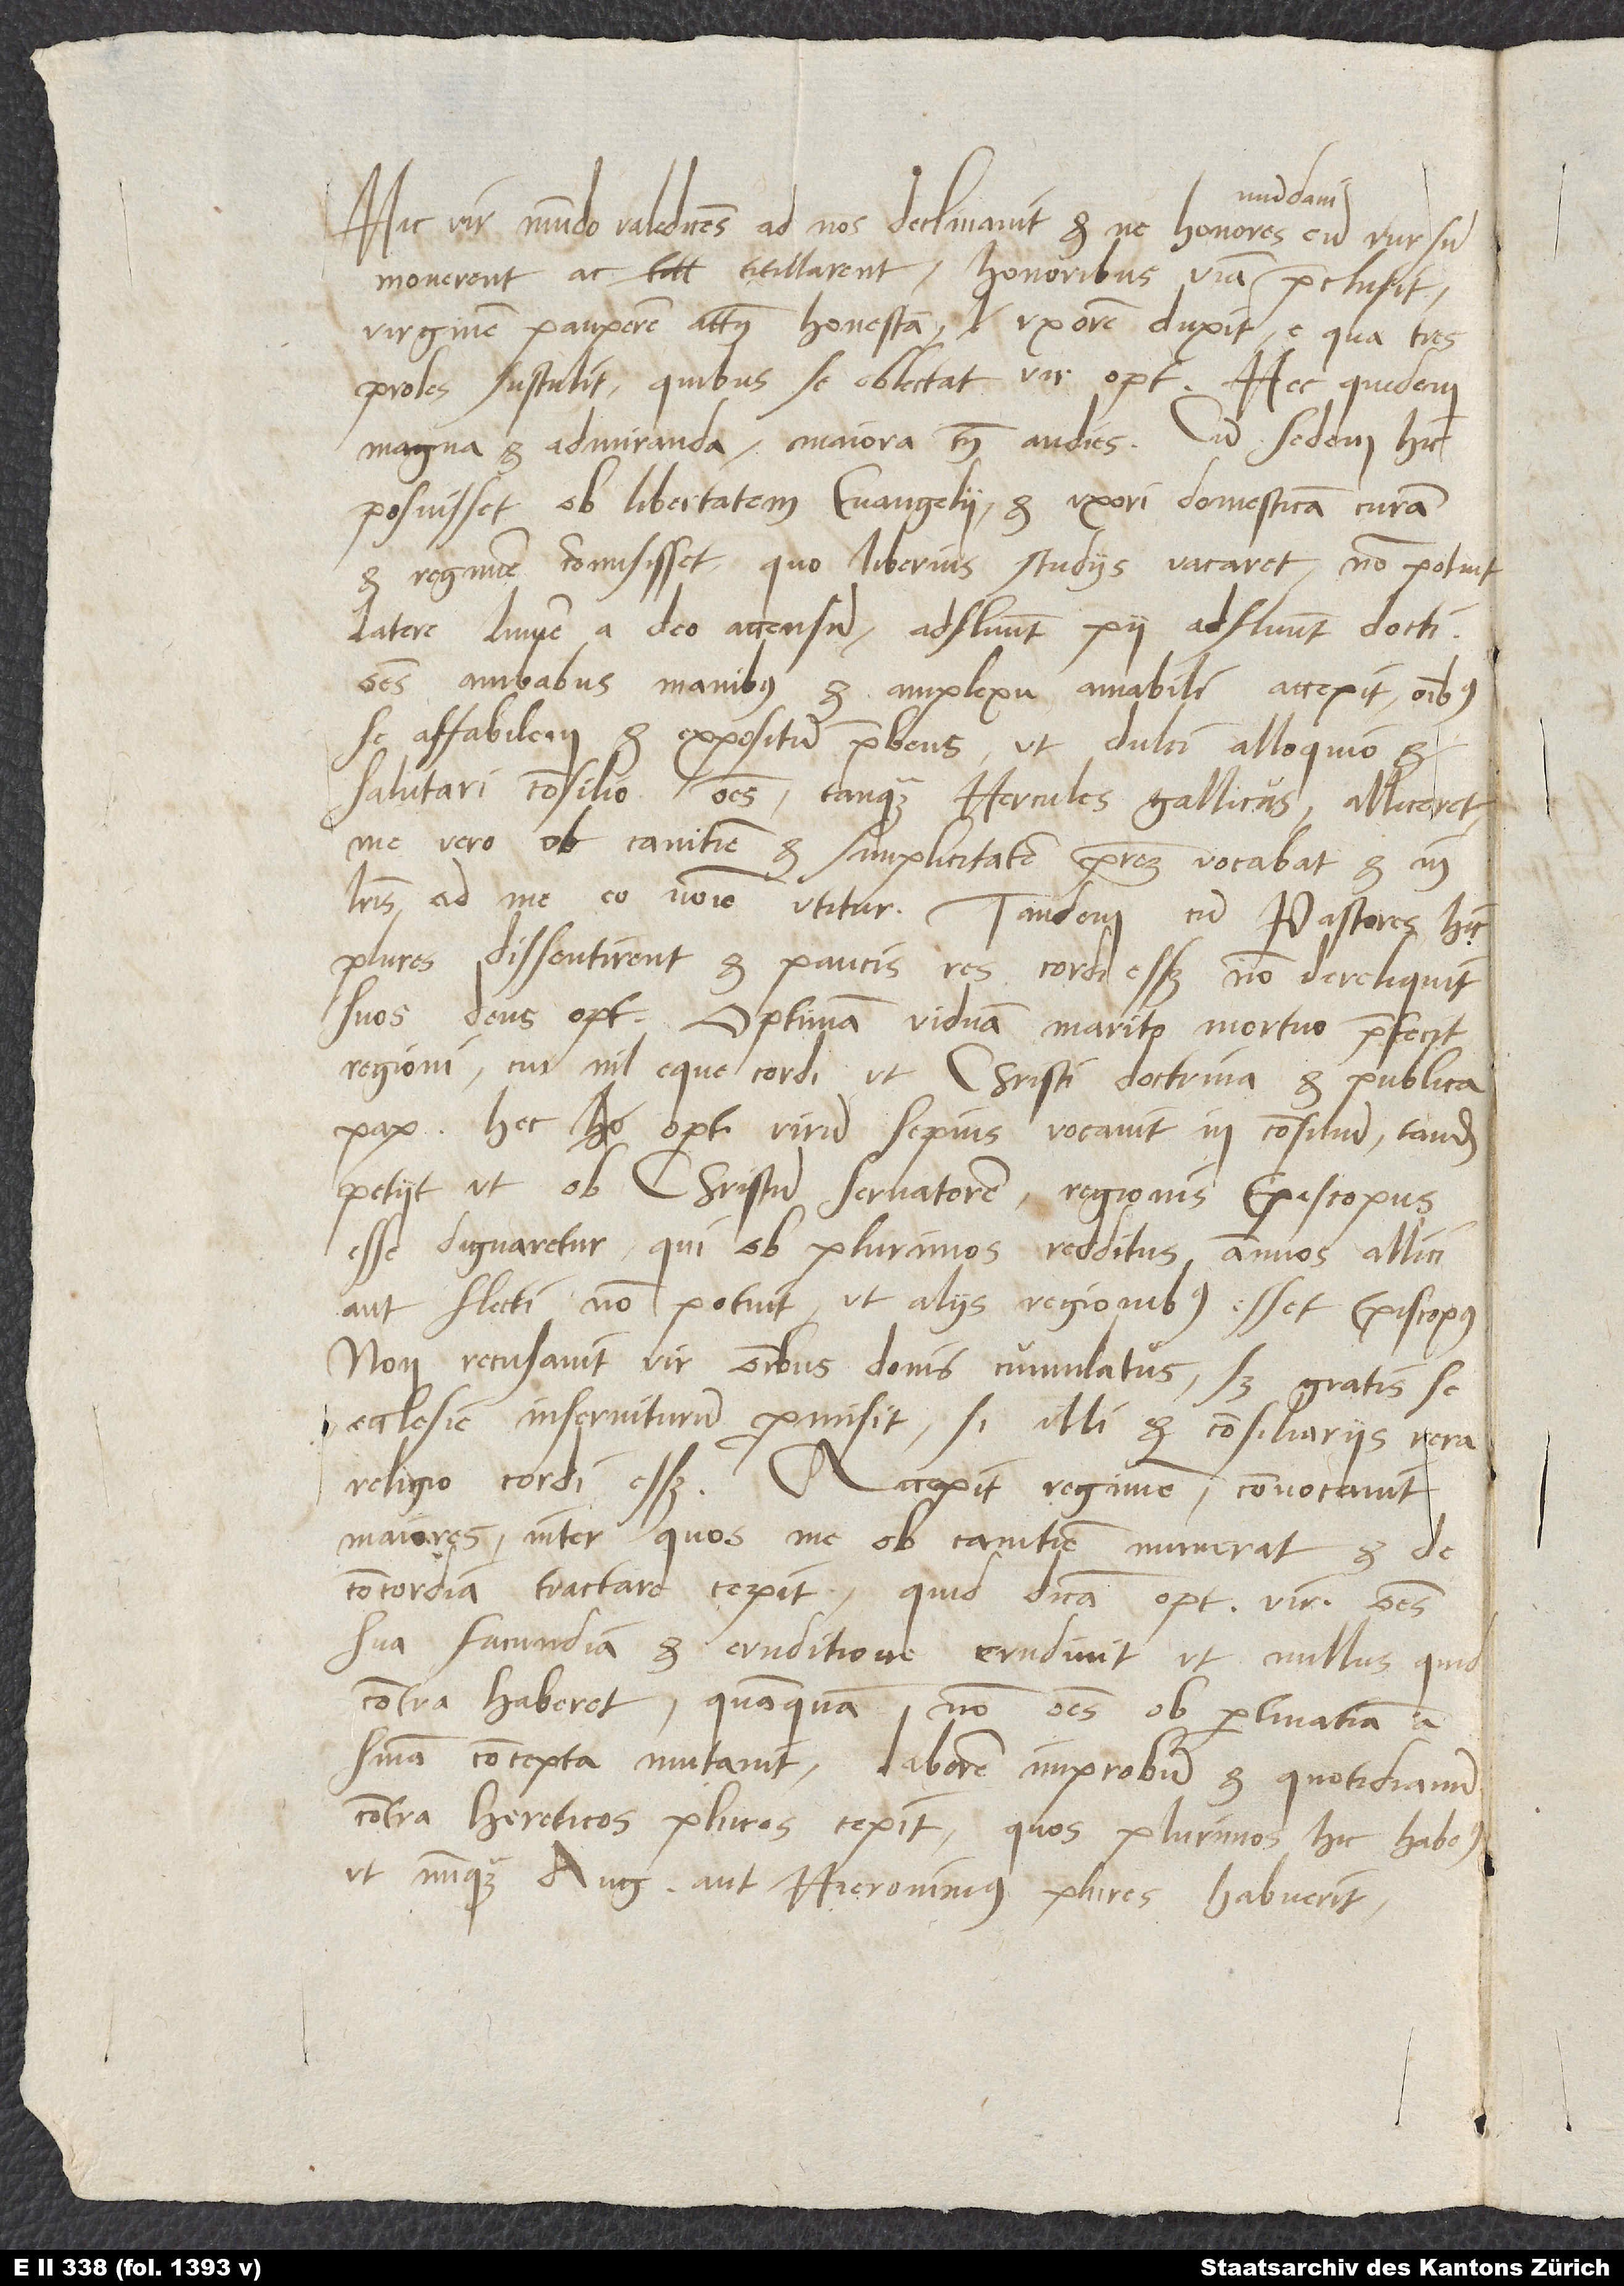
Hic vir mundo valedicens ad nos declinavit, et ne honores mundani eum
monerent ac titillarent, honoribus viam praeclusit,
virginem pauperem attamen honestam uxorem duxit, e qua tres
proles sustulit, quibus se oblectat vir optimus. Hec quidem
magna et admiranda, maiora tamen audies. Cum sedem hic
posuisset ob libertatem evangelii et uxori domesticam curam
et regimen commisisset, quo liberius studiis vacaret, non potuit
latere lumen a deo accensum. Adfluunt pii, adfluunt docti;
omnes ambabus manibus et amplexu amabili accepit, omnibus
se affabilem et expositum praebens, ut dulci alloquio et
salutari consilio omnes tanquam Hercules Gallicus alliceret;
me vero ob canitiem et simplicitatem patrem vocabat et in
literis ad me eo nomine utitur. Tandem, cum pastores hic
plures dissentirent et paucis res cordi esset, non dereliquit
suos deus optimus. Optimam viduam marito mortuo praefecit
regioni, cui nil eque cordi ut Christi doctrina et publica
pax. Hec optimum virum sepius vocavit in consilium, tandem
petiit, ut ob Christum servatorem regionis episcopus
esse dignaretur, qui ob plurimos redditus annuos allici
aut flecti non potuit, ut aliis regionibus esset episcopus.
Non recusavit vir omnibus donis cumulatus, sed gratis se
ecclesie inserviturum promisit, si illi et consiliariis vera
religio cordi esset. Accepit regimen, convocavit
maiores, inter quos me ob canitiem numerat, et de
concordia tractare cepit. Quid dicam, optimus vir omnes
sua facundia et eruditione erudivit, ut nullus quid
contra haberet, quanquam non omnes ob pertinatiam a
sententia concepta mutavit. Laborem improbum et quotidianum
contra hereticos plures cepit, quos plurimos hic habemus,
ut nunquam Augustinus aut Hieronimus plures habuerit.